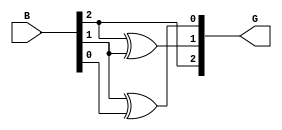
module gray_code_encoder (
    input  wire [2:0] B, // 3-bit binary input
    output wire [2:0] G  // 3-bit Gray code output
);

// Assign Gray code outputs based on the binary input
assign G[2] = B[2];                // G[2] = B[2]
assign G[1] = B[2] ^ B[1];         // G[1] = B[2] XOR B[1]
assign G[0] = B[1] ^ B[0];         // G[0] = B[1] XOR B[0]

endmodule